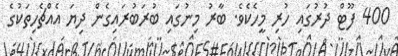
400 ފޫޓް ދުރުގައި ހުރި މީހެކެވެ. ބާރު މިނުގައި ބުރަބުރައިގެން ދިޔަ އެއްޗެހިތަކުގެ